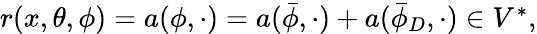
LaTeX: \begin{array}{r}{r(x,\theta,\phi)=a(\phi,\cdot)=a(\bar{\phi},\cdot)+a(\bar{\phi}_{D},\cdot)\in V^{*},}\end{array}